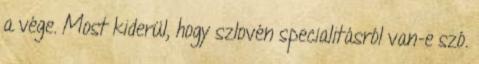
a vége. Most kiderül, hogy szlovén specialitásról van-e szó.